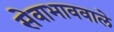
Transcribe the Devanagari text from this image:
सेवाभाववाले